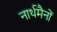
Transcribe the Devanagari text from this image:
नार्थमैनों